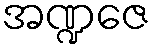
အဏ္ဍဇေ